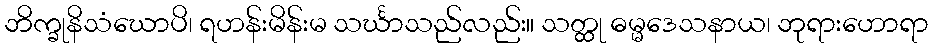
ဘိက္ခုနိသံဃောပိ၊ ရဟန်းမိန်းမ သင်္ဃာသည်လည်း။ သတ္ထု ဓမ္မဒေသနာယ၊ ဘုရားဟောရာ